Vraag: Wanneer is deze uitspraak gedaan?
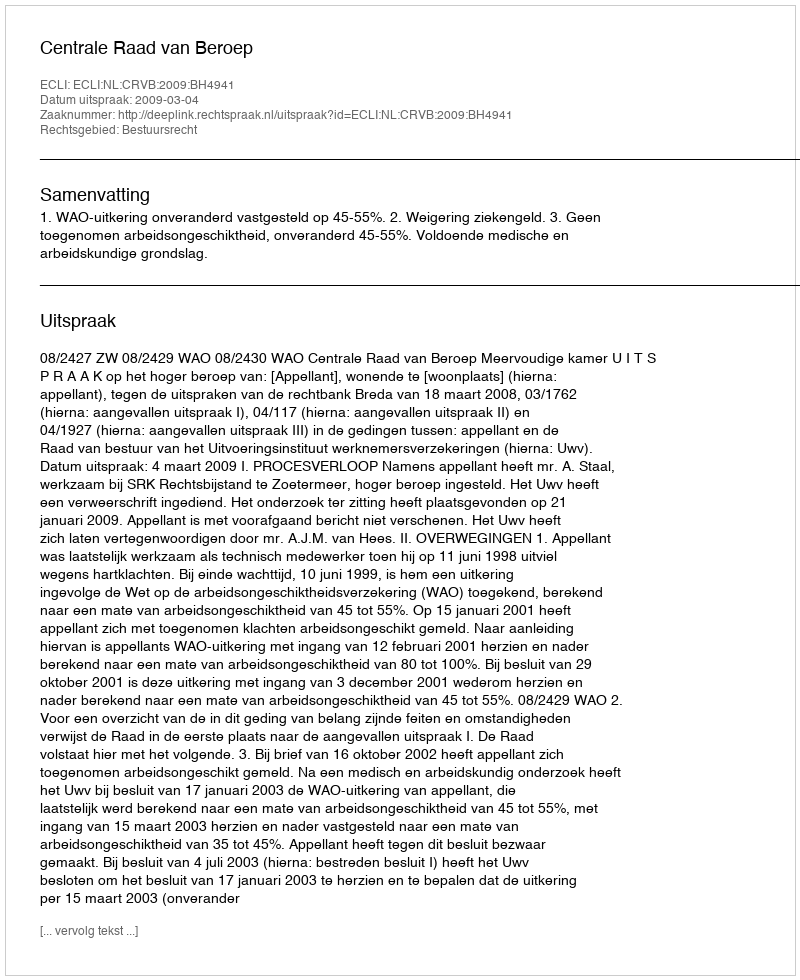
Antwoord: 2009-03-04